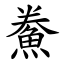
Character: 鮝